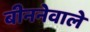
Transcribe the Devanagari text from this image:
बीननेवाले